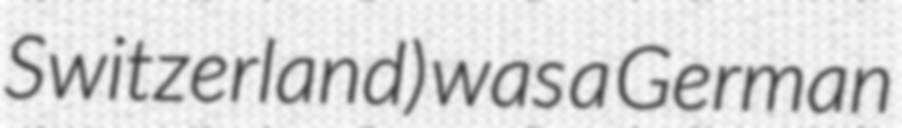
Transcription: Switzerland) was a German